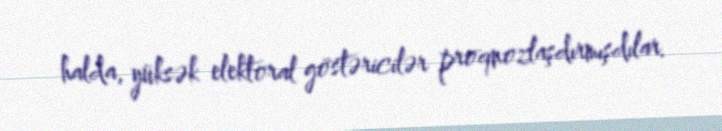
halda, yüksək elektoral göstəricilər proqnozlaşdırmışdılar.